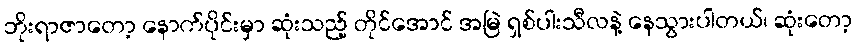
ဘိုးရာဇာတော့ နောက်ပိုင်းမှာ ဆုံးသည့် တိုင်အောင် အမြဲ ရှစ်ပါးသီလနဲ့ နေသွားပါတယ်၊ ဆုံးတော့